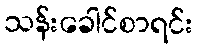
သန်းခေါင်စာရင်း